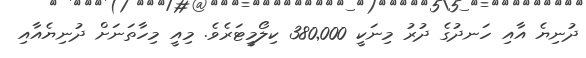
ދުނިޔެ އާއި ހަނދުގެ ދުރު މިނަކީ 380